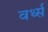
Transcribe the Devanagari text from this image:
वर्थ्स